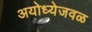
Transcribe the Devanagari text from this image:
अयोध्येजवळ